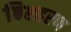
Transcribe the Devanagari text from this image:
बिश्हरण